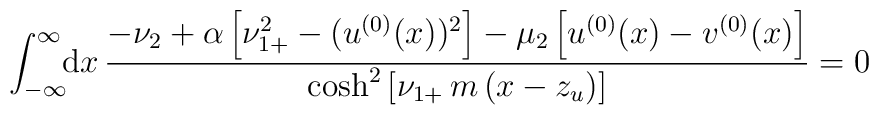
\int_{-\infty}^\infty\!\!{\rm d}x\,\frac{-\nu_2 +\alpha\left[\nu_{1+}^2-(u^{(0)}(x))^2\right]-\mu_2\left[u^{(0)}(x)-v^{(0)}(x)\right]}{\cosh^2\left[\nu_{1+}\,m\,(x-z_u)\right]}=0